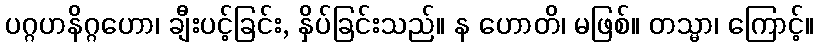
ပဂ္ဂဟနိဂ္ဂဟော၊ ချီးပင့်ခြင်း, နှိပ်ခြင်းသည်။ န ဟောတိ၊ မဖြစ်။ တသ္မာ၊ ကြောင့်။